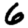
Digit: 6